Civil Veterinary Dept. North-West Frontier Province 1923-32 - 1923-1932
Year: 1923
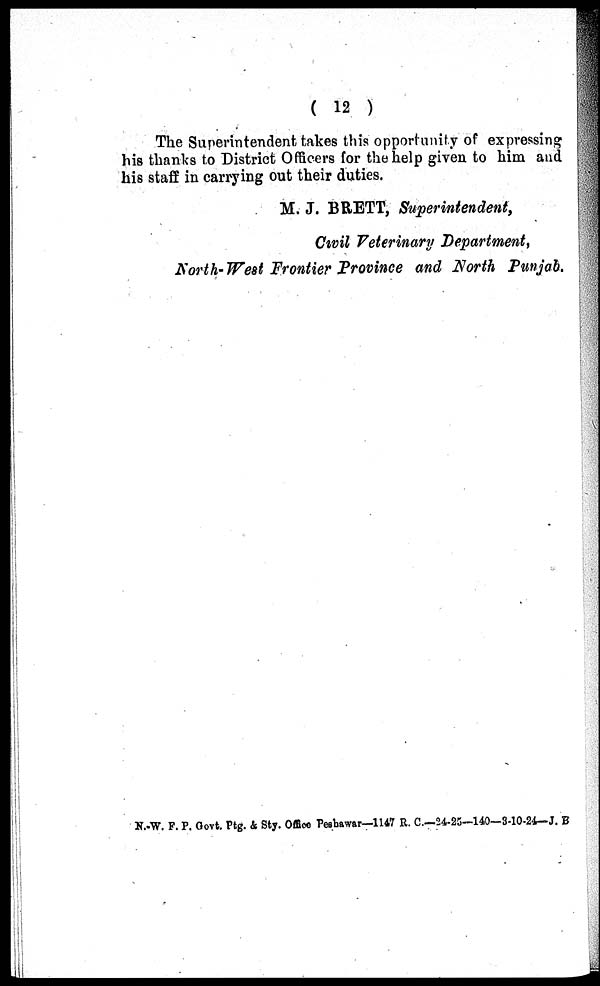
( 12 )
The Superintendent takes this opportunity of expressing
his thanks to District Officers for the help given to him and
his staff in carrying out their duties.
M. J. BRETT, Superintendent,
Civil Veterinary Department,
North-West Frontier Province and North Punjab.
N.-W. F. P. Govt. Ptg. & Sty. Office Peshawar—1147 R. C.—24-25—140—3-10-24— J. B